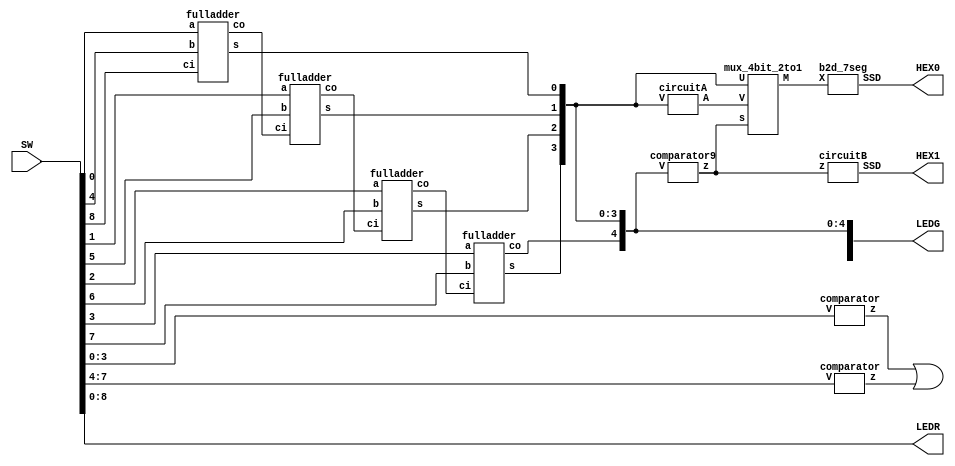
/* lab2_part4.v
 *
 * Copyright (c) 2014, Artem Tovbin <arty99 at gmail dot com>
 *
 * This program is free software; you can redistribute it and/or modify
 * it under the terms of the GNU General Public License version 2 as
 * published by the Free Software Foundation.
 *
 * This program is distributed in the hope that it will be useful,
 * but WITHOUT ANY WARRANTY; without even the implied warranty of
 * MERCHANTABILITY or FITNESS FOR A PARTICULAR PURPOSE.  See the
 * GNU General Public License for more details.
 *
 * You should have received a copy of the GNU General Public License
 * along with this program.  If not, see <http://www.gnu.org/licenses/>.
 */

module lab2_part4 (SW, LEDG, LEDR, HEX1, HEX0);
  input [17:0] SW;
  output [8:0] LEDR, LEDG;
  output [0:6] HEX1, HEX0;

  assign LEDR[8:0] = SW[8:0];

  wire e1, e2;

  comparator C0 (SW[3:0], e1);
  comparator C1 (SW[7:4], e2);

  assign LEDG[8] = e1 | e2;

  wire c1, c2, c3;
  wire [4:0] S;

  fulladder A0 (SW[0], SW[4], SW[8], S[0], c1);
  fulladder A1 (SW[1], SW[5], c1, S[1], c2);
  fulladder A2 (SW[2], SW[6], c2, S[2], c3);
  fulladder A3 (SW[3], SW[7], c3, S[3], S[4]);

  assign LEDG[4:0] = S[4:0];

  wire z;
  wire [3:0] A, M;

  comparator9 C2 (S[4:0], z);
  circuitA AA (S[3:0], A);
  mux_4bit_2to1 M0 (z, S[3:0], A, M);
  circuitB BB (z, HEX1);
  b2d_7seg S0 (M, HEX0);


endmodule

module fulladder (a, b, ci, s, co);
  input a, b, ci;
  output co, s;

  wire d;

  assign d = a ^ b;
  assign s = d ^ ci;
  assign co = (b & ~d) | (d & ci);
endmodule





module b2d_7seg (X, SSD);
  input [3:0] X;
  output [0:6] SSD;

  assign SSD[0] = ((~X[3] & ~X[2] & ~X[1] &  X[0]) | (~X[3] &  X[2] & ~X[1] & ~X[0]));
  assign SSD[1] = ((~X[3] &  X[2] & ~X[1] &  X[0]) | (~X[3] &  X[2] &  X[1] & ~X[0]));
  assign SSD[2] =  (~X[3] & ~X[2] &  X[1] & ~X[0]);
  assign SSD[3] = ((~X[3] & ~X[2] & ~X[1] &  X[0]) | (~X[3] &  X[2] & ~X[1] & ~X[0]) | (~X[3] &  X[2] & X[1] & X[0]) | (X[3] & ~X[2] & ~X[1] & X[0]));
  assign SSD[4] = ~((~X[2] & ~X[0]) | (X[1] & ~X[0]));
  assign SSD[5] = ((~X[3] & ~X[2] & ~X[1] &  X[0]) | (~X[3] & ~X[2] &  X[1] & ~X[0]) | (~X[3] & ~X[2] & X[1] & X[0]) | (~X[3] & X[2] & X[1] & X[0]));
  assign SSD[6] = ((~X[3] & ~X[2] & ~X[1] &  X[0]) | (~X[3] & ~X[2] & ~X[1] & ~X[0]) | (~X[3] &  X[2] & X[1] & X[0]));
endmodule

module comparator (V, z);
  input [3:0] V;
  output z;

  assign z = (V[3] & (V[2] | V[1]));
endmodule

module comparator9 (V, z);
  input [4:0] V;
  output z;

  assign z = V[4] | ((V[3] & V[2]) | (V[3] & V[1]));
endmodule

module circuitA (V, A);
  input [3:0] V;
  output [3:0] A;

  assign A[0] = V[0];
  assign A[1] = ~V[1];
  assign A[2] = (~V[3] & ~V[1]) | (V[2] & V[1]);
  assign A[3] = (~V[3] & V[1]);
endmodule

module circuitB (z, SSD);
  input z;
  output [0:6] SSD;

  assign SSD[0] = z;
  assign SSD[1:2] = 2'b00;
  assign SSD[3:5] = {3{z}};
  assign SSD[6] = 1;
endmodule

module mux_4bit_2to1 (s, U, V, M);
  // if ~s, send U
  input s;
  input [3:0] U, V;
  output [3:0] M;

  assign M = ({4{~s}} & U) | ({4{s}} & V);
endmodule